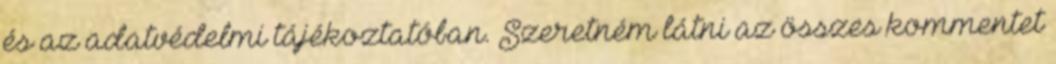
és az adatvédelmi tájékoztatóban. Szeretném látni az összes kommentet